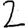
Digit: 2